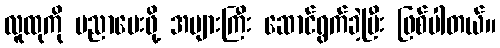
လူထုကို ပညာပေးဖို့ အများကြီး ဆောင်ရွက်ခဲ့ပြီး ဖြစ်ပါတယ်။